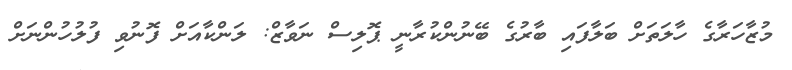
މުޒާހަރާގެ ހާލަތަށް ބަލާފައި ބާރުގެ ބޭނުންކުރާނީ ޕޮލިސް ނަވާޒް: ލަންކާއަށް ފޮނުވި ފުލުހުންނަށް